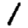
Digit: 1